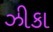
ઝીકા